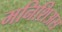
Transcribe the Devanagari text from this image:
मनिशिअस